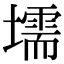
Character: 壖